Indian journal of veterinary science and animal husbandry - Volume 6,
Year: 1936
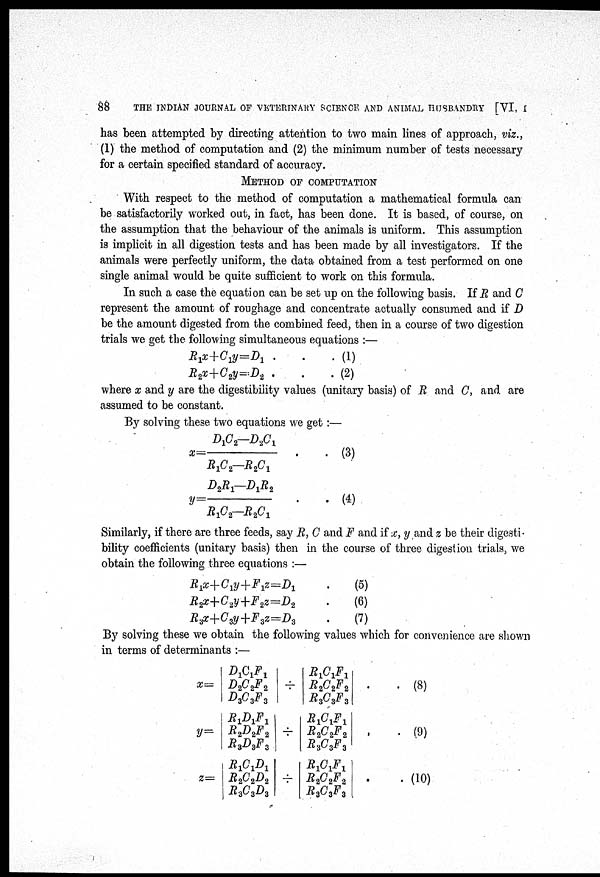
88
THE INDIAN JOURNAL OF VETERINARY SCIENCE AND ANIMAL HUSBANDRY [VI, I
has been attempted by directing attention to two main lines of approach, viz.,
(1) the method of computation and (2) the minimum number of tests necessary
for a certain specified standard of accuracy.
METHOD OF COMPUTATION
With respect to the method of computation a mathematical formula can
be satisfactorily worked out, in fact, has been done. It is based, of course, on
the assumption that the behaviour of the animals is uniform. This assumption
is implicit in all digestion tests and has been made by all investigators. If the
animals were perfectly uniform, the data obtained from a test performed on one
single animal would be quite sufficient to work on this formula.
In such a case the equation can be set up on the following basis. If R and C
represent the amount of roughage and concentrate actually consumed and if D
be the amount digested from the combined feed, then in a course of two digestion
trials we get the following simultaneous equations :—
R 1 x+C 1 y=D 1 .
R 2 x+C 2 y=D 2 .
.
. (1)
.
. (2)
where x and y are the digestibility values (unitary basis) of R and C, and are
assumed to be constant.
By solving these two equations we get:—
x = D 1 C 2 —D 2 C 1 / R 1 C 2 —R 2 C 1 .
. (3)
y = D 2 R 1 —D 1 R 2 / R 1 C 2 —R 2 C 1 . . (4)
Similarly, if there are three feeds, say R, C and F and if x, y and z be their digesti-
bility coefficients (unitary basis) then in the course of three digestion trials, we
obtain the following three equations :—
R 1 x+C 1 y+F 1 z=D 1
R 2 x+C 2 y+F 2 z=D 2
R 3 x+C 3 y+F 3 z=D 3
.
(5)
.
(6)
.
(7)
By solving these we obtain the following values which for convenience are shown
in terms of determinants :—
X =
y=
z=
D 1 C 1 F 1
D 2 C 2 F 2
D 3 C 3 F 3
R 1 D 1 F 1
R 2 D 2 F 2
R 3 D 3 F 3
R 1 C 1 D 1
R 2 C 2 D 2
R 3 C 3 D 3
÷
÷
÷
R 1 C 1 F 1
R 2 C 2 F 2
R 3 C 3 F 3
R 1 C 1 F 1
R 2 C 2 F 2
R 3 C 3 F 3
R 1 C 1 F 1
R 2 C 2 F 2
R 3 C 3 F 3
.
. (8)
. . (9)
. . (10)